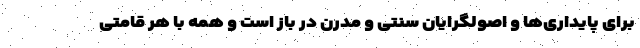
برای پایداری‌ها و اصولگرایان سنتی و مدرن در باز است و همه با هر قامتی